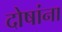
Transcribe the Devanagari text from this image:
दोषांना